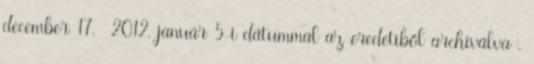
december 17. 2012. január 5-i dátummal az eredetiből archiválva .